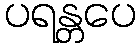
ပရန္တပေ